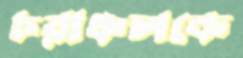
চরাঞ্চলকে